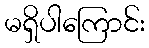
မရှိပါကြောင်း